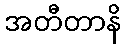
အတီတာနိ